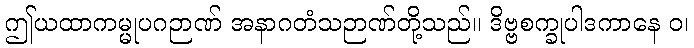
ဤယထာကမ္မုပဂဉာဏ် အနာဂတံသဉာဏ်တို့သည်။ ဒိဗ္ဗစက္ခုပါဒကာနေ ဝ၊